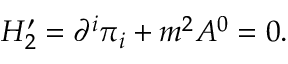
{ \cal H } _ { 2 } ^ { \prime } = \partial ^ { i } \pi _ { i } + m ^ { 2 } A ^ { 0 } = 0 .